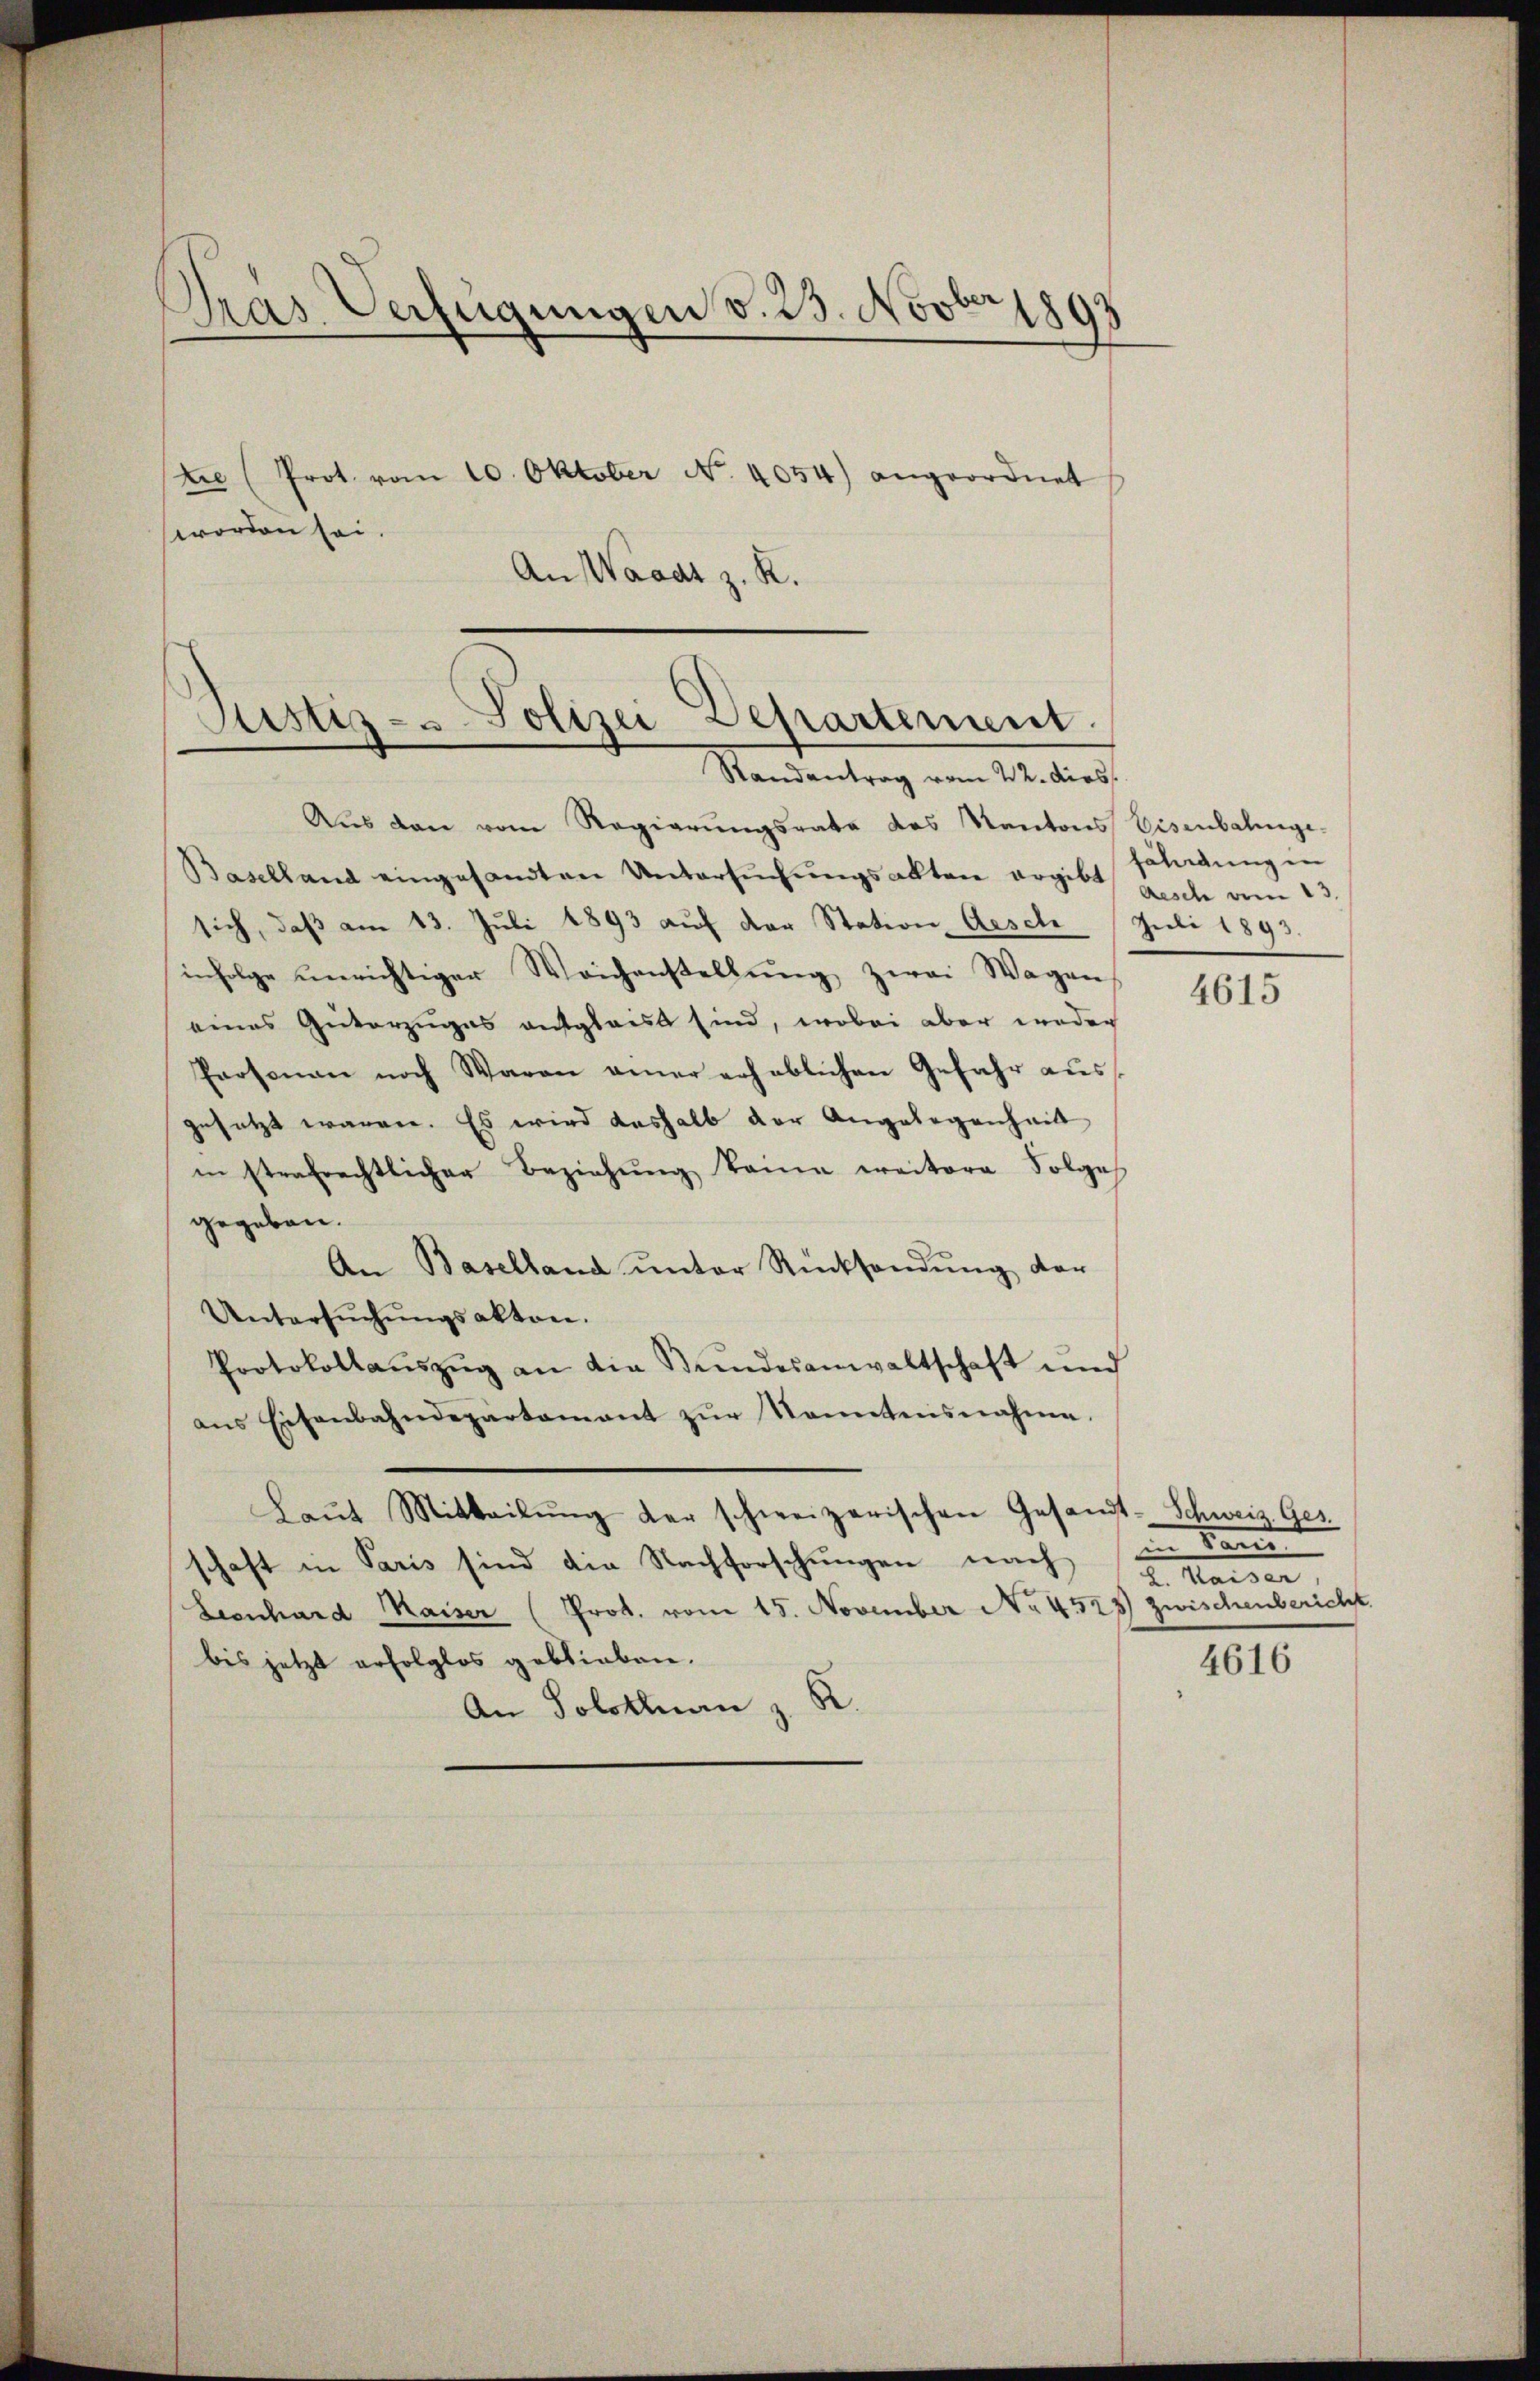
Pras Verfügungen v. 23. Novber 1893
tie (Prot. vom 10. Oktober No. 4054) angeordnet
worden sei.
An Waadt z. K.

Sistis- u Polizei Departement.
Randantrag vom 22. dies

Aŭs den vom Regierŭngsrate des Kantons Eisenbahnge-
Baselland eingesandten Untersuchungsakten ergibt auch am 13.
sich, daß am 13. Juli 1893 auf der Station Aesch (Juli 1893.
infolge unrichtiger Weichenstellŭng zwei Wagen
eines Güterzuges entglaist sind, wobei aber weder
Personan noch Waren amer erheblichen Gefahr aŭs
gesetzt waren. Es wird deshalb der Angelegenheit
in strafrechtlicher Beziehŭng keine weitere Folge
gegeben.
An Baselland unter Rücksendung der
Untersŭchŭngsakten.
Protokollaŭszŭg an die Stŭndesanwaltschaft und
ans Eisenbahndepartamant zŭr Sonntensnahme.
Laŭt Mitteilŭng der schweizerischen Gesandt-Schweiz. Ges.
schaft in Paris sind die Nachforschungen nach
Leonhard Maiser (Prot. vom 15. November No. 452 zwischenbericht.
bis jetzt erfolglos geblieben.
An Solothurn z. B.

beleidung in

4615

in kann

4616